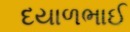
દયાળભાઈ